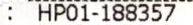
: HP01-188357